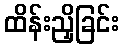
ထိန်းညှိခြင်း